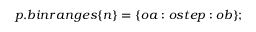
p . b i n r a n g e s \{ n \} = \{ o a : o s t e p : o b \} ;